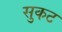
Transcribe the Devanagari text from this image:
सुकट